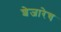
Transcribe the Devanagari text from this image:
शेजारेच